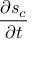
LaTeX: \frac { \partial s _ { c } } { \partial t }